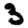
Digit: 3